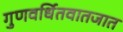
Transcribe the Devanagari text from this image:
गुणवर्धितवातजात